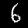
Digit: 6